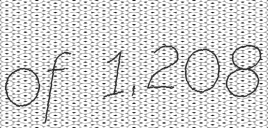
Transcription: of 1,208